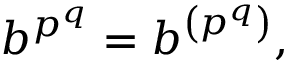
b ^ { p ^ { q } } = b ^ { \left( p ^ { q } \right) } ,